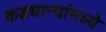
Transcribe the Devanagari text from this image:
कडधान्यांमध्ये